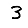
Digit: 3